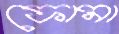
ফোমা